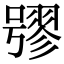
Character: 𡀒